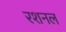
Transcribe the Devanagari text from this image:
रशनल